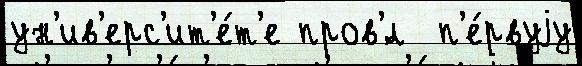
ун'ив'ерс'ит'е́т'е пров'́л  п'е́рвуjу